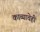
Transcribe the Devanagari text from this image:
काव्याचेही